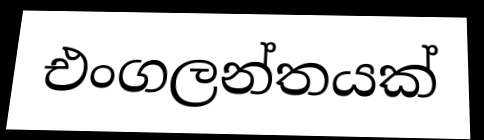
එංගලන්තයක්